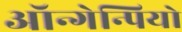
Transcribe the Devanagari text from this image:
ऑन्गेन्पियो